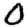
Digit: 0